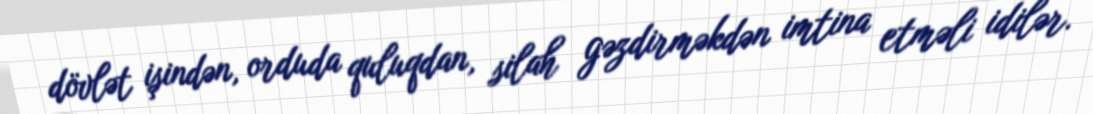
dövlət işindən, orduda quluqdan, silah gəzdirməkdən imtina etməli idilər.